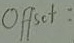
Text: Offset